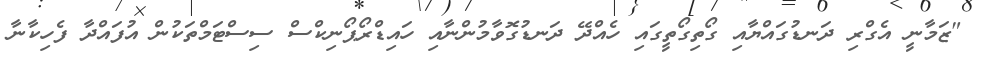
"ޒަމާނީ އެގްރި ދަނޑުގައްޔާއި ގޯތިގޯތީގައި ހެއްދޭ ދަނޑުގޮވާމުންނާއި ހައިޑްރޯޕޯނިކްސް ސިސްޓަމްތަކުން އުފައްދާ ފެހިކާނާ